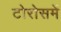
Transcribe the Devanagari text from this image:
टोरोसमें